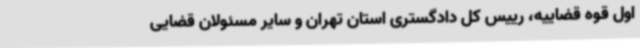
اول قوه قضاییه، رییس کل دادگستری استان تهران و سایر مسئولان قضایی